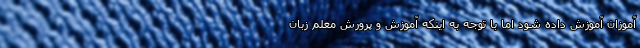
‌آموزان آموزش داده شود اما با توجه به اینکه آموزش و پرورش معلم زبان